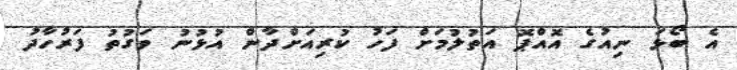
އެ ބޯޅަ ނިއުގެ އޮއްޕޮ އަތުލުމަށް ފަހު ކުރިއަށްދާން އުޅުނު ވަގުތު ފަރުހާދު